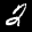
Label: 2